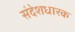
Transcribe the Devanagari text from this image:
संदेशधारक